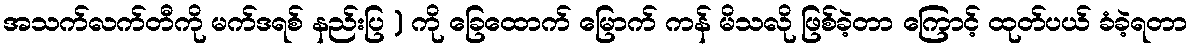
အသက်လက်တီကို မက်ဒရစ် နည်းပြ ) ကို ခြေထောက် မြောက် ကန် မိသလို ဖြစ်ခဲ့တာ ကြောင့် ထုတ်ပယ် ခံခဲ့ရတာ